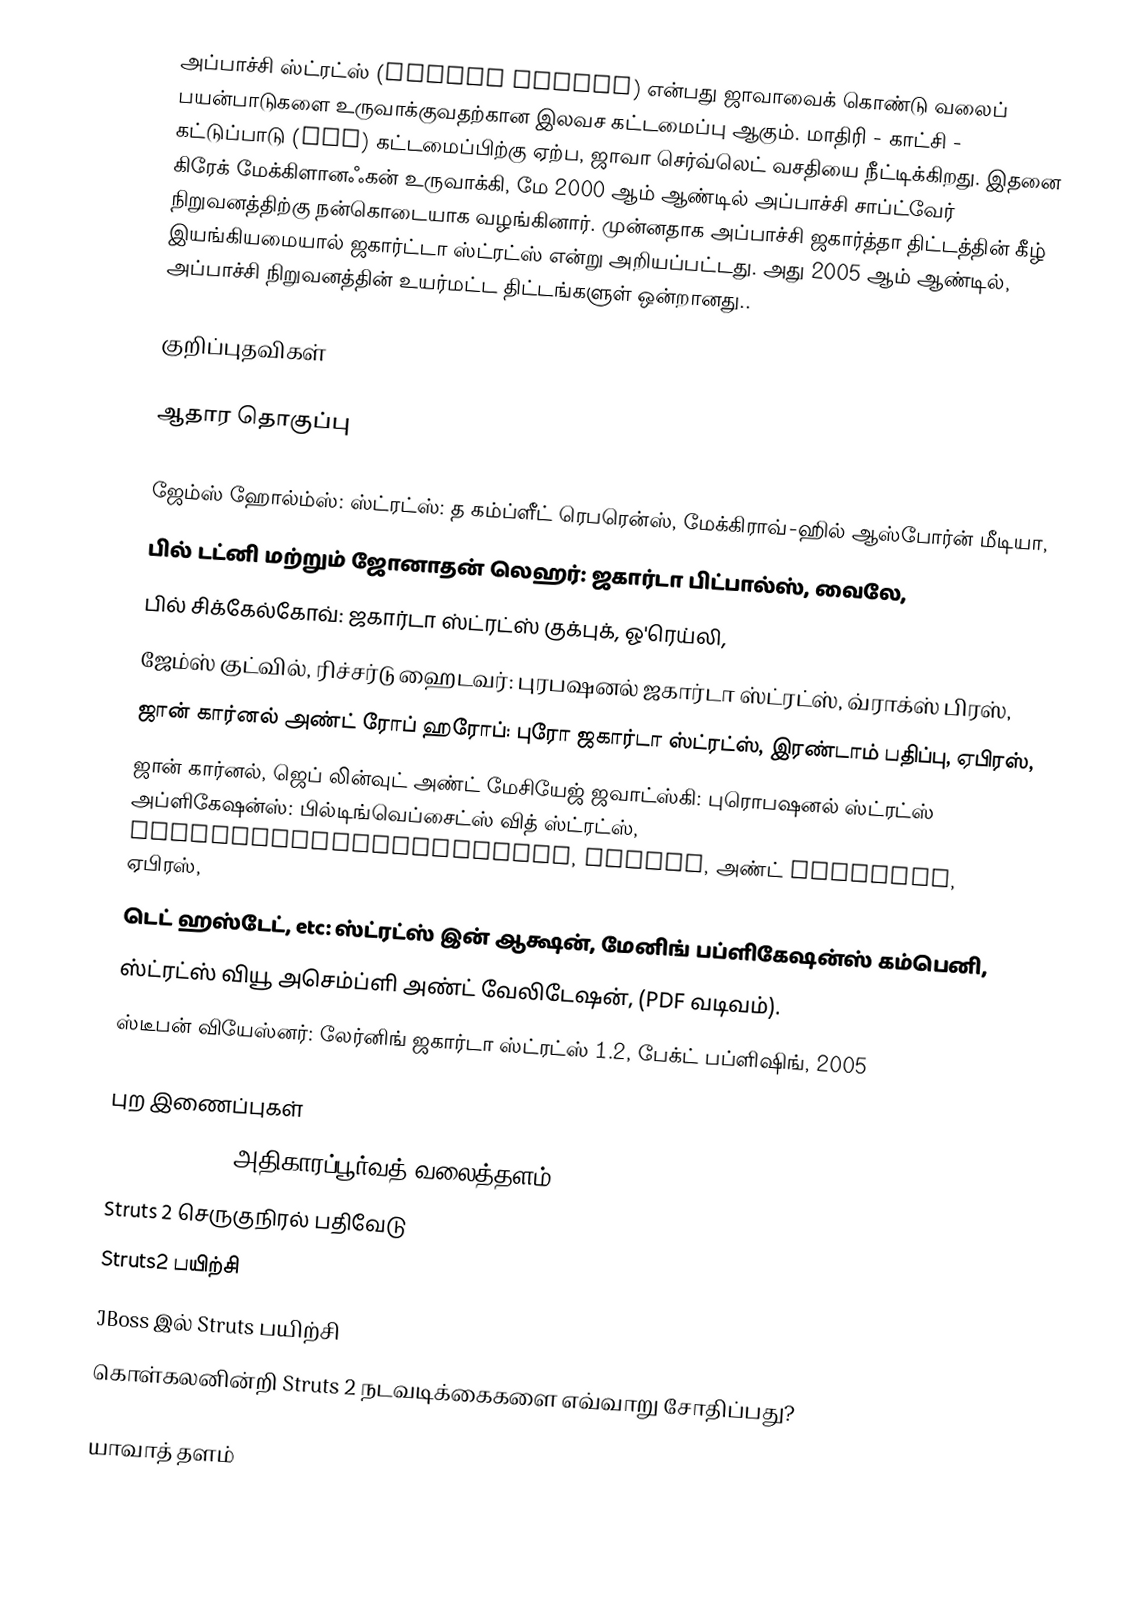
அப்பாச்சி ஸ்ட்ரட்ஸ் (Apache Struts) என்பது ஜாவாவைக் கொண்டு வலைப் பயன்பாடுகளை உருவாக்குவதற்கான இலவச கட்டமைப்பு ஆகும். மாதிரி - காட்சி - கட்டுப்பாடு (MVC) கட்டமைப்பிற்கு ஏற்ப, ஜாவா செர்வ்லெட் வசதியை நீட்டிக்கிறது. இதனை கிரேக் மேக்கிளானஃகன் உருவாக்கி, மே 2000 ஆம் ஆண்டில் அப்பாச்சி சாப்ட்வேர் நிறுவனத்திற்கு நன்கொடையாக வழங்கினார். முன்னதாக அப்பாச்சி ஜகார்த்தா திட்டத்தின் கீழ் இயங்கியமையால் ஜகார்ட்டா ஸ்ட்ரட்ஸ் என்று அறியப்பட்டது. அது 2005 ஆம் ஆண்டில், அப்பாச்சி நிறுவனத்தின் உயர்மட்ட திட்டங்களுள் ஒன்றானது..

குறிப்புதவிகள்

ஆதார தொகுப்பு

 ஜேம்ஸ் ஹோல்ம்ஸ்: ஸ்ட்ரட்ஸ்: த கம்ப்ளீட் ரெபரென்ஸ், மேக்கிராவ்-ஹில் ஆஸ்போர்ன் மீடியா,
 பில் டட்னி மற்றும் ஜோனாதன் லெஹர்: ஜகார்டா பிட்பால்ஸ், வைலே,
 பில் சிக்கேல்கோவ்: ஜகார்டா ஸ்ட்ரட்ஸ் குக்புக், ஓ'ரெய்லி,
 ஜேம்ஸ் குட்வில், ரிச்சர்டு ஹைடவர்: புரபஷனல் ஜகார்டா ஸ்ட்ரட்ஸ், வ்ராக்ஸ் பிரஸ்,
 ஜான் கார்னல் அண்ட் ரோப் ஹரோப்: புரோ ஜகார்டா ஸ்ட்ரட்ஸ், இரண்டாம் பதிப்பு, ஏபிரஸ்,
 ஜான் கார்னல், ஜெப் லின்வுட் அண்ட் மேசியேஜ் ஜவாட்ஸ்கி: புரொபஷனல் ஸ்ட்ரட்ஸ் அப்ளிகேஷன்ஸ்: பில்டிங்வெப்சைட்ஸ் வித் ஸ்ட்ரட்ஸ், ObjectRelationalBridge, Lucene, அண்ட் Velocity, ஏபிரஸ்,
 டெட் ஹஸ்டேட், etc: ஸ்ட்ரட்ஸ் இன் ஆக்ஷன், மேனிங் பப்ளிகேஷன்ஸ் கம்பெனி,
 ஸ்ட்ரட்ஸ் வியூ அசெம்ப்ளி அண்ட் வேலிடேஷன், (PDF வடிவம்).
 ஸ்டீபன் வியேஸ்னர்: லேர்னிங் ஜகார்டா ஸ்ட்ரட்ஸ் 1.2, பேக்ட் பப்ளிஷிங், 2005

புற இணைப்புகள்
 Apache Struts அதிகாரப்பூர்வத் வலைத்தளம்
 Struts 2 செருகுநிரல் பதிவேடு
 Struts2 பயிற்சி
 JBoss இல் Struts பயிற்சி
 கொள்கலனின்றி Struts 2 நடவடிக்கைகளை எவ்வாறு சோதிப்பது?

யாவாத் தளம்